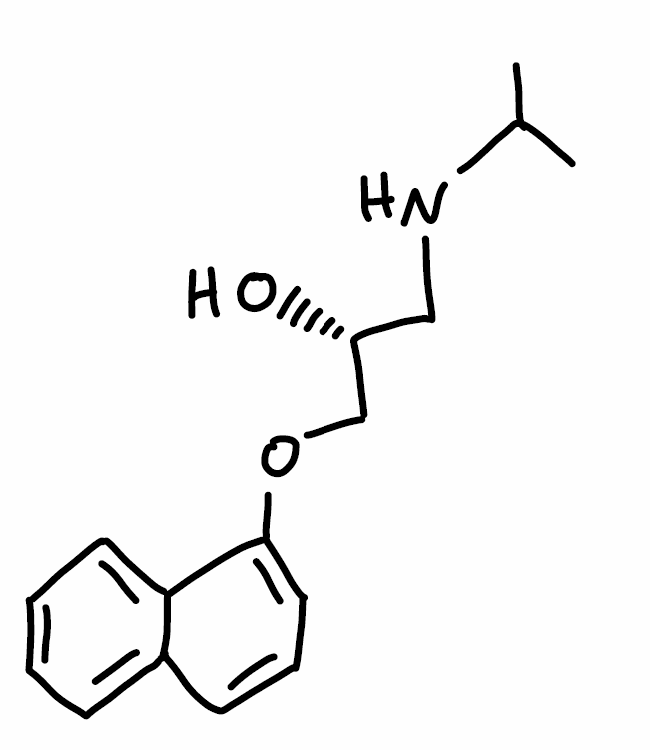
Simplified molecular-input line-entry system (SMILES) notation of the given molecule:
CC(C)NC[C@H](COC1=CC=CC2=CC=CC=C21)O